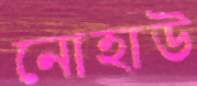
নোহাউ